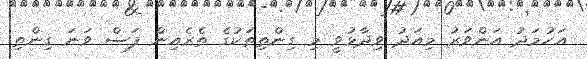
އަހުމަދު އަންވަރު މިއަދު ވިދާޅުވީ މި ގިންތިތަކުގެ ތެރެއިން ފަސް ވަނަ ގިންތި